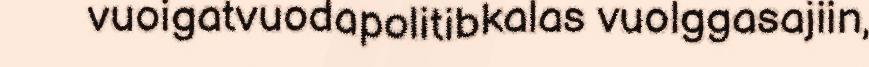
vuoigatvuodapolitibkalas vuolggasajiin,